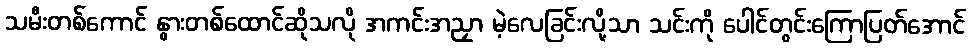
သမီးတစ်ကောင် နွားတစ်ထောင်ဆိုသလို အကင်းအညှာ မဲ့လေခြင်းလို့သာ သင်းကို ပေါင်တွင်းကြောပြတ်အောင်